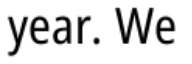
year. We